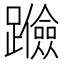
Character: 𰸶